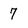
Character: 7